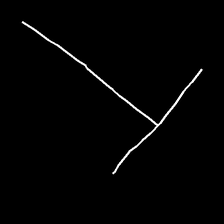
Glyph: column